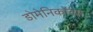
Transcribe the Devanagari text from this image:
डोमेनिकोंच्या